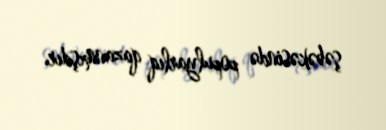
şəbəkəsində populyarlıq qazanmışdır.